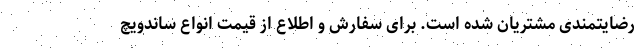
رضایتمندی مشتریان شده است. برای سفارش و اطلاع از قیمت انواع ساندویچ